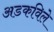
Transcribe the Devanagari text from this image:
अडकविले